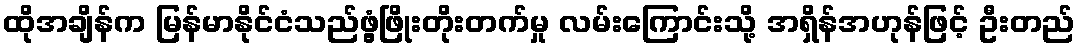
ထိုအချိန်က မြန်မာနိုင်ငံသည်ဖွံ့ဖြိုးတိုးတက်မှု လမ်းကြောင်းသို့ အရှိန်အဟုန်ဖြင့် ဦးတည်